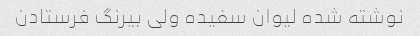
نوشته شده لیوان سفیده ولی بیرنگ فرستادن